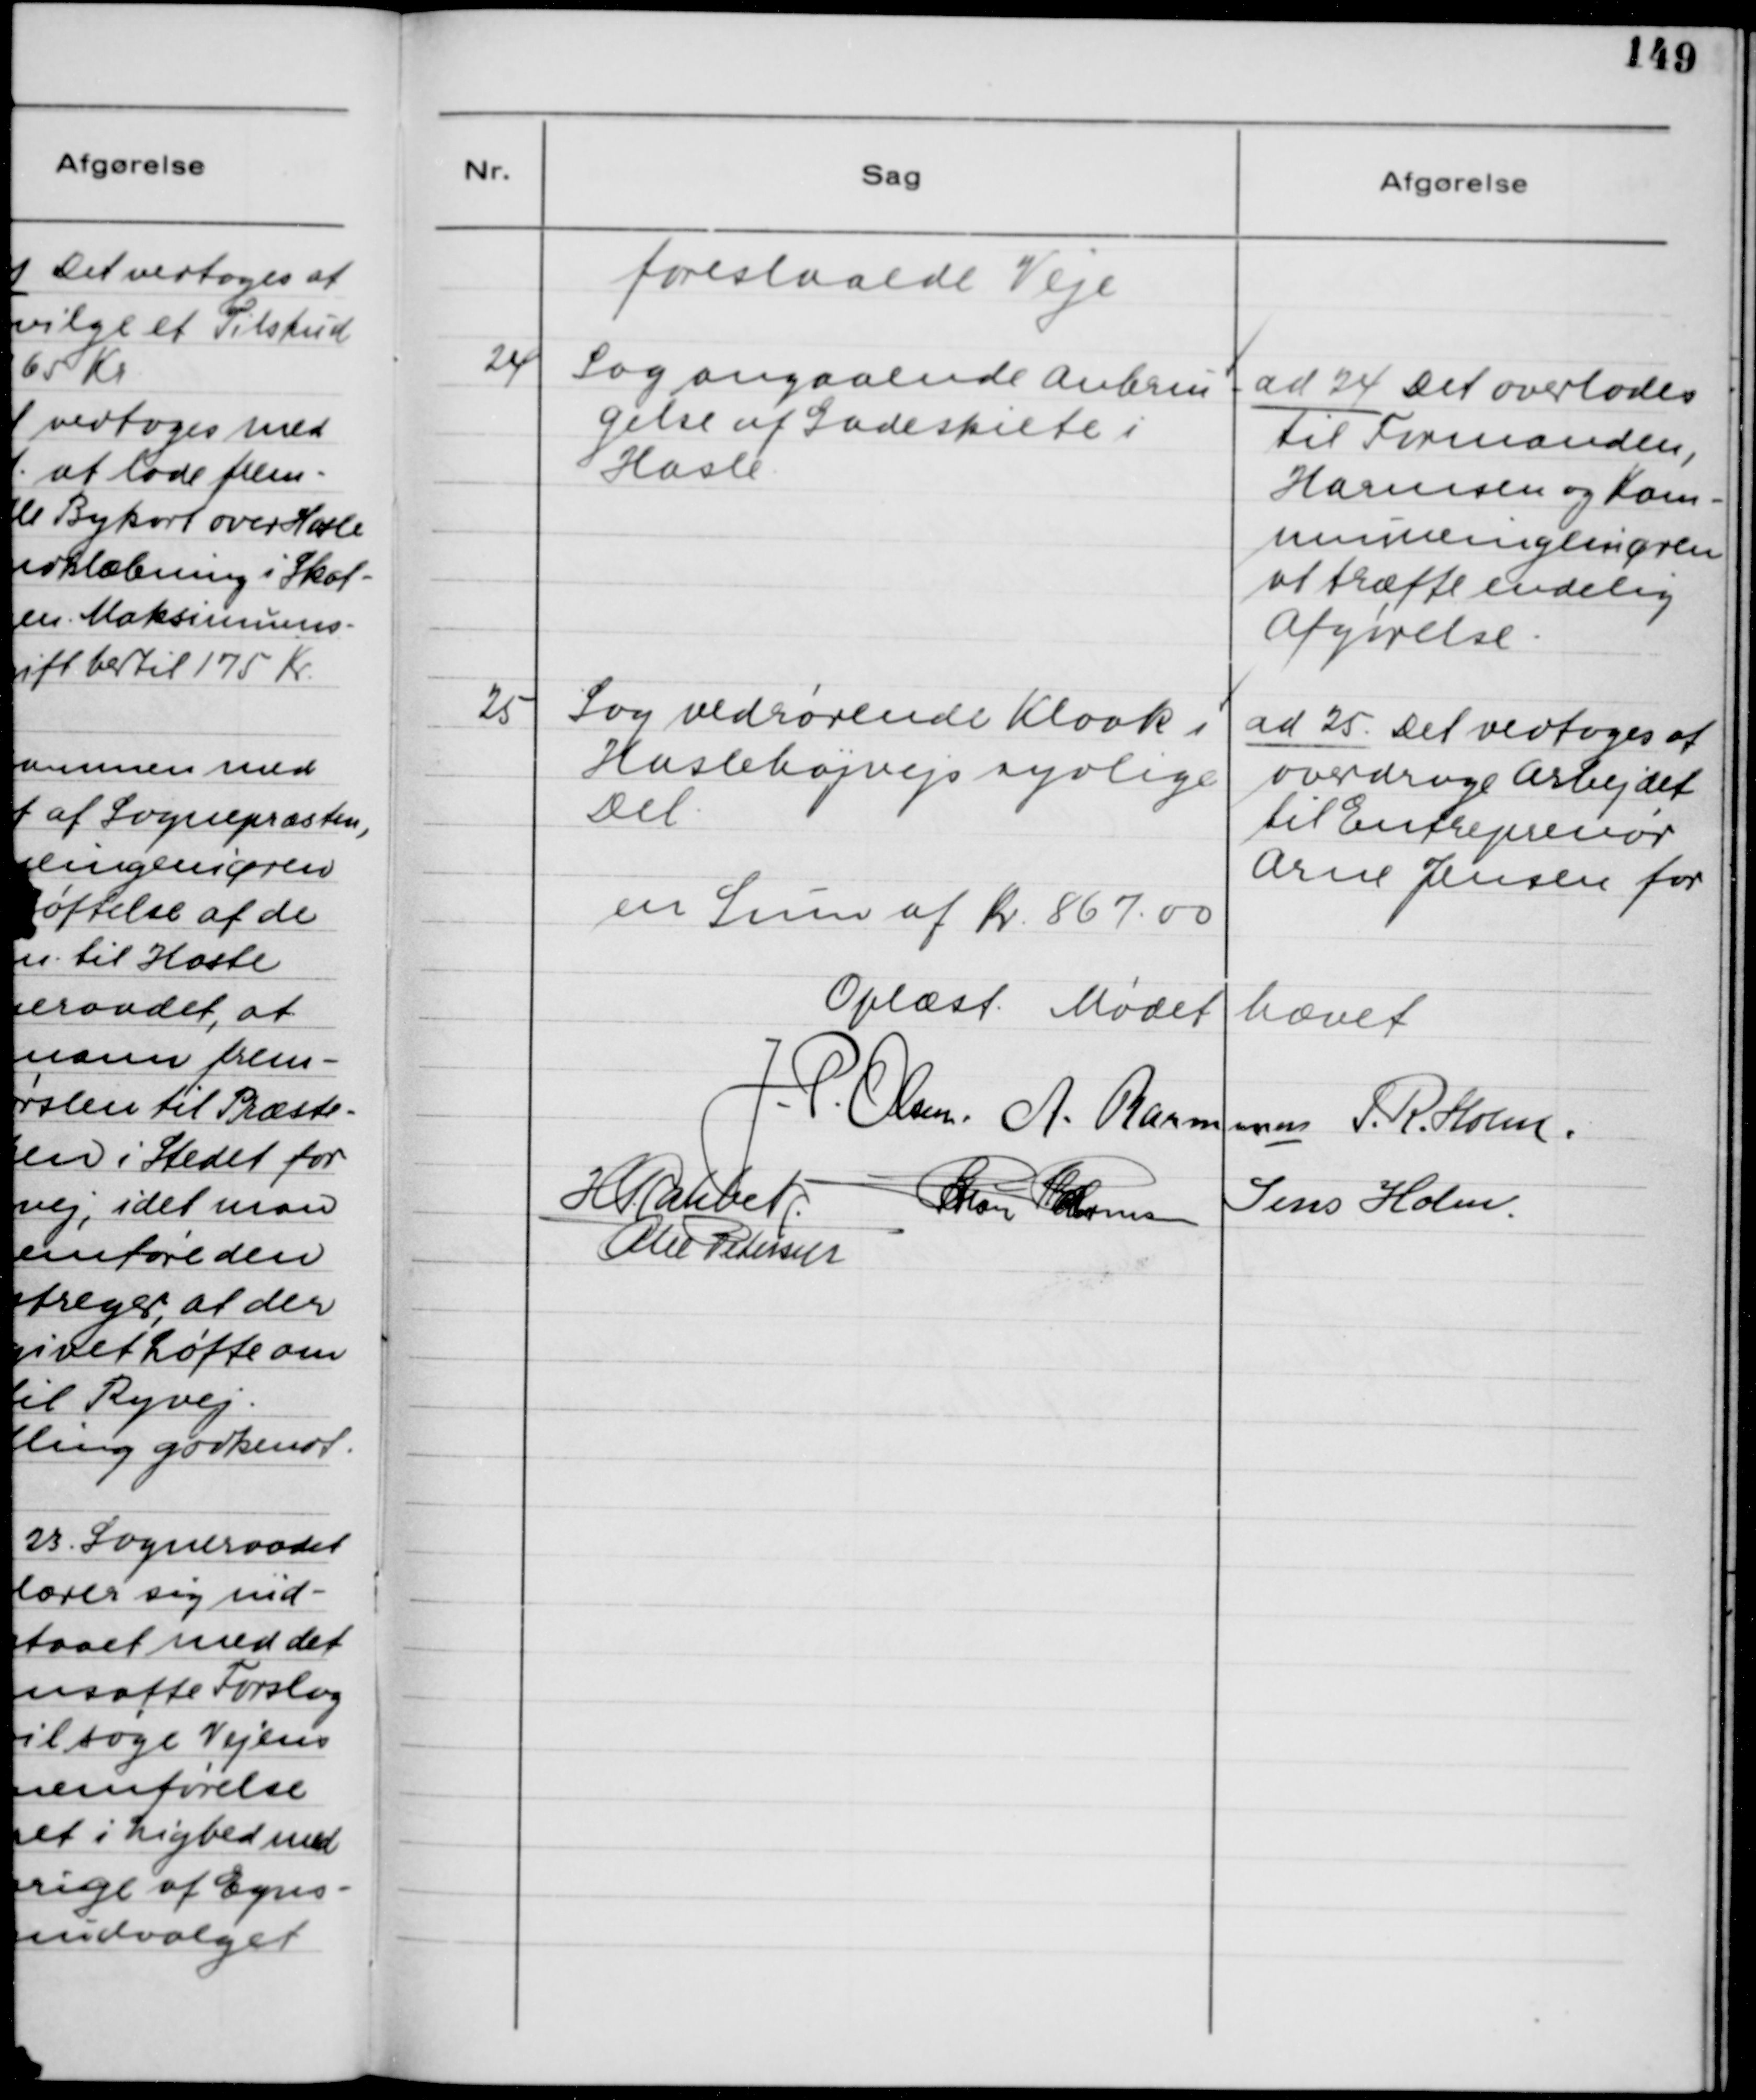
Transskription:
foreslaaede Veje

24. Sag angaaende Anbrin-
gelse af Gadeskilte i
Hasle.

ad 24. Det overlades
til Formanden,
Harmsen og Kom-
muneingeniøren
at træffe endelig
Afgørelse.

25. Sag vedrørende Kloak i
Haslehøjvejs sydlige
Del.

ad 25. Det vedtoges at
overdrage Arbejdet
til Entreprenør
Arne Jensen for
en Sum af Kr. 867.00

Oplæst. Mødet hævet.